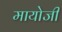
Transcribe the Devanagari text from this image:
मायोजी